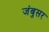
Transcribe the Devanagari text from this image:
जंबुसर